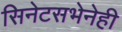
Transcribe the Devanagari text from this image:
सिनेटसभेनेही